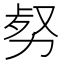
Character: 𠡹